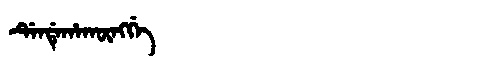
Manchu: ᡩᡝᠨᡩᡝᡥᠠᡴᡡᠩᡤᡝ
Romanization: DENDEHAKŪNGGE